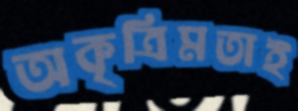
অকৃত্রিমতাই